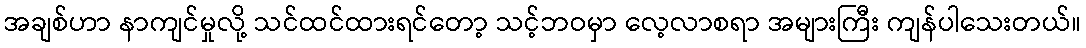
အချစ်ဟာ နာကျင်မှုလို့ သင်ထင်ထားရင်တော့ သင့်ဘဝမှာ လေ့လာစရာ အများကြီး ကျန်ပါသေးတယ်။